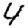
Digit: 4